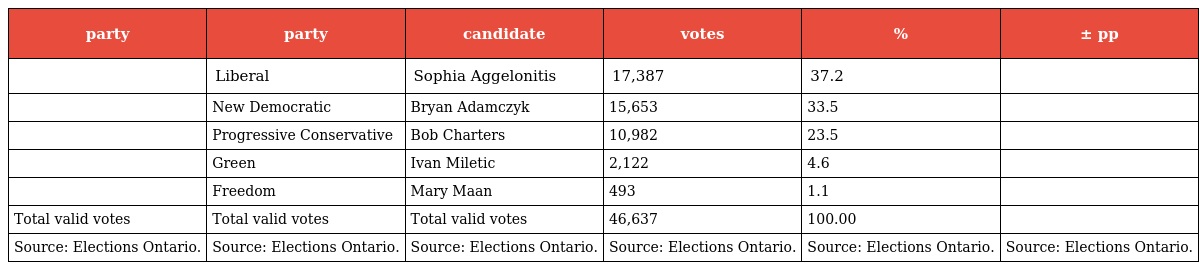
| party | party | candidate | votes | % | ± pp |
 | --- | --- | --- | --- | --- | --- |
 |  | Liberal | Sophia Aggelonitis | 17,387 | 37.2 |  |
 |  | New Democratic | Bryan Adamczyk | 15,653 | 33.5 |  |
 |  | Progressive Conservative | Bob Charters | 10,982 | 23.5 |  |
 |  | Green | Ivan Miletic | 2,122 | 4.6 |  |
 |  | Freedom | Mary Maan | 493 | 1.1 |  |
 | Total valid votes | Total valid votes | Total valid votes | 46,637 | 100.00 |  |
 | Source: Elections Ontario. | Source: Elections Ontario. | Source: Elections Ontario. | Source: Elections Ontario. | Source: Elections Ontario. | Source: Elections Ontario. |